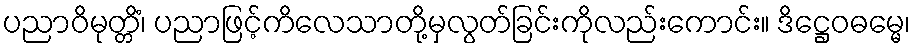
ပညာဝိမုတ္တိံ၊ ပညာဖြင့်ကိလေသာတို့မှလွတ်ခြင်းကိုလည်းကောင်း။ ဒိဋ္ဌေဝဓမ္မေ၊